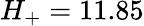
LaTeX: H_{+}=11.85